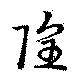
隍